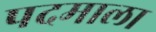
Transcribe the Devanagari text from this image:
पदमाला